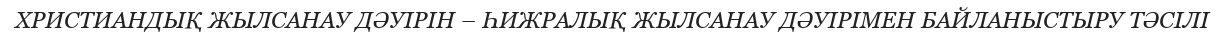
ХРИСТИАНДЫҚ ЖЫЛСАНАУ ДӘУІРІН – ҺИЖРАЛЫҚ ЖЫЛСАНАУ ДӘУІРІМЕН БАЙЛАНЫСТЫРУ ТӘСІЛІ